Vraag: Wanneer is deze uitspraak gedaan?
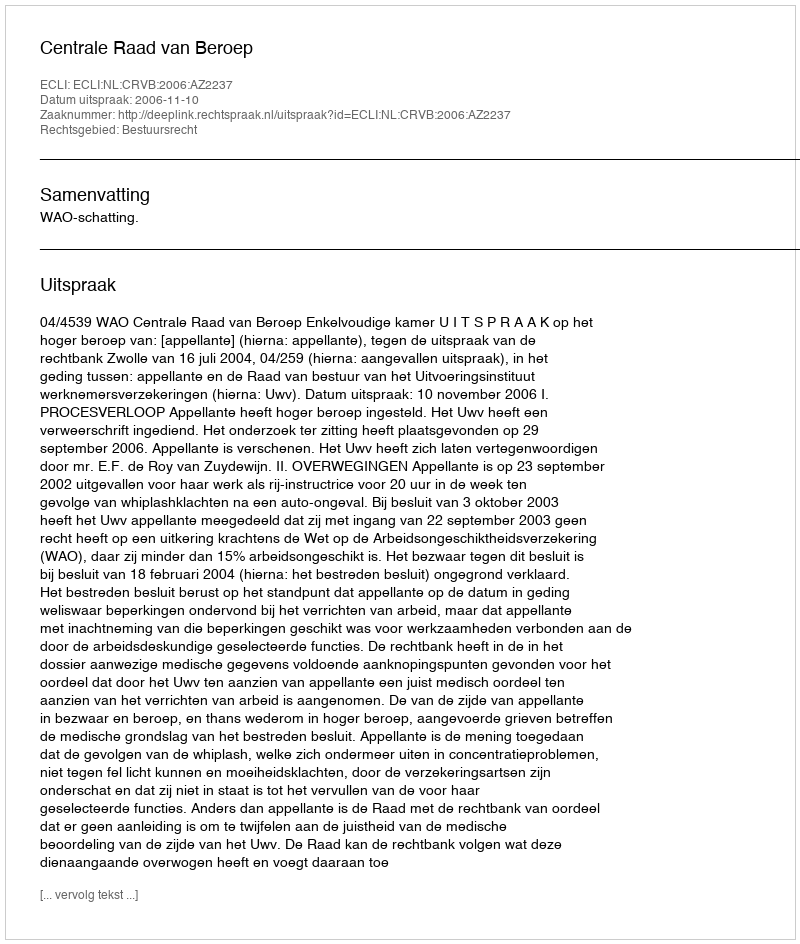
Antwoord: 2006-11-10